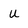
Character: U